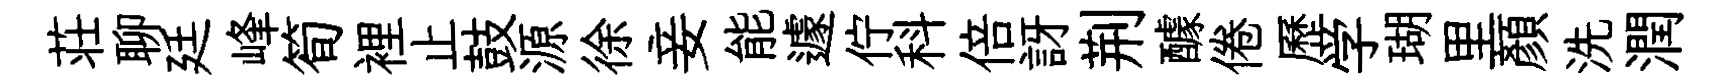
荘聊廷峰筍裡止鼓源徐妾能遽佇科倍訝荆醵倦歷学瑚里顏洗潤